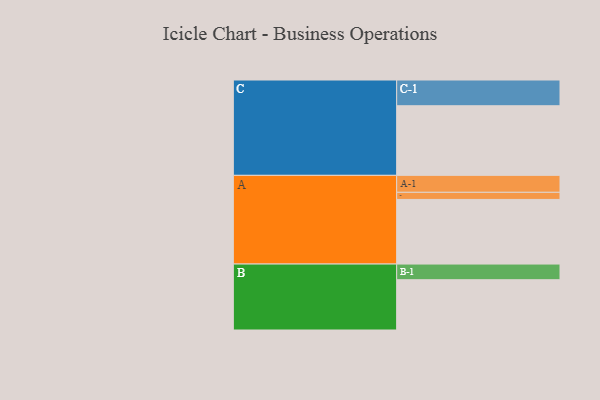
{"axis": {"x": "Segment", "y": "Value"}, "legend": ["", "A", "B", "C"], "data": [{"x": "A", "y": 545, "type": ""}, {"x": "B", "y": 424, "type": ""}, {"x": "C", "y": 587, "type": ""}, {"x": "A-1", "y": 143, "type": "A"}, {"x": "A-2", "y": 60, "type": "A"}, {"x": "B-1", "y": 132, "type": "B"}, {"x": "C-1", "y": 217, "type": "C"}]}